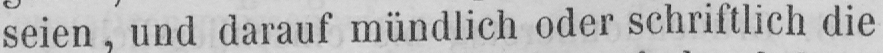
seien, und darauf mündlich oder schriftlich die